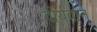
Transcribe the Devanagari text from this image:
वीर्यवान्